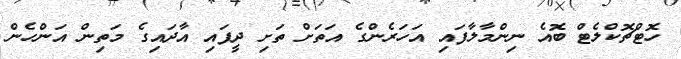
ހޮޓްޗޮކްލެޓް ބޮއެ ނިންމާލާފައި އަހަރެންގެ އަތަށް ތަށި ދީފައި އާދައިގެ މަތިން އަންހެން